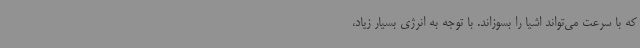
که با سرعت می‌تواند اشیا را بسوزاند. با توجه به انرژی بسیار زیاد،